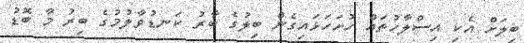
ބިލަށް އެކި އިސްލާހުތައް ހުށަހަޅައިގެން ބިލުގެ ބާރު ކަނޑުވާލުމުގެ ބިރު މާ ބޮޑު